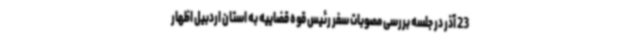
23 آذر در جلسه بررسی مصوبات سفر رئیس قوه قضاییه به استان اردبیل اظهار